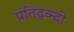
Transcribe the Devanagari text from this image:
प्रतिद्व्न्दी